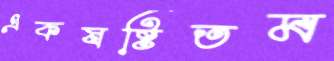
একষষ্টিতম